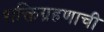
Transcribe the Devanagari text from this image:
शक्तिग्रहणाची